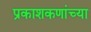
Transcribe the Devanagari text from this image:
प्रकाशकणांच्या